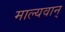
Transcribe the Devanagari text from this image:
माल्यवान्